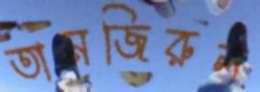
তানজিরুল